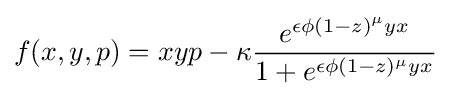
{\begin{aligned}f(x,y,p)=xyp-\kappa {\frac {e^{\epsilon \phi (1-z)^{\mu }yx}}{1+e^{\epsilon \phi (1-z)^{\mu }yx}}}\end{aligned}}